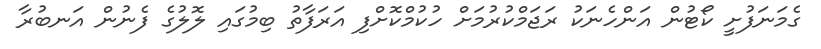
ގެމަނަފުށީ ކޯޓުން އަންހެނަކު ރަޖަމްކުރުމަށް ހުކުމްކޮށްފި އަރަފާތު ބިމުގައި ލޮލުގެ ފެނުން އަނބުރާ